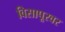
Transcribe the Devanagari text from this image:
विसापूरवर